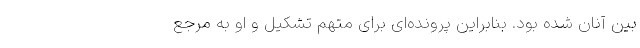
بین آنان شده بود. بنابراین پرونده‌ای برای متهم تشکیل و او به مرجع